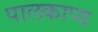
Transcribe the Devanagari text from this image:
पालकाप्य